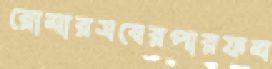
রোমারসবেরপারফম